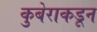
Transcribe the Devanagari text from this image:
कुबेराकडून